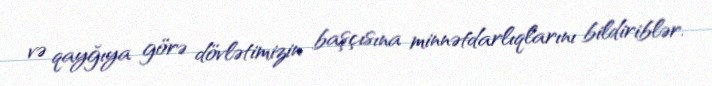
və qayğıya görə dövlətimizin başçısına minnətdarlıqlarını bildiriblər.